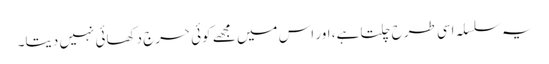
یہ سلسلہ اسی طرح چلتا ہے، اور اس میں مجھے کوئی حرج دکھائی نہیں دیتا۔